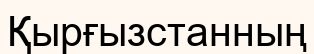
Қырғызстанның